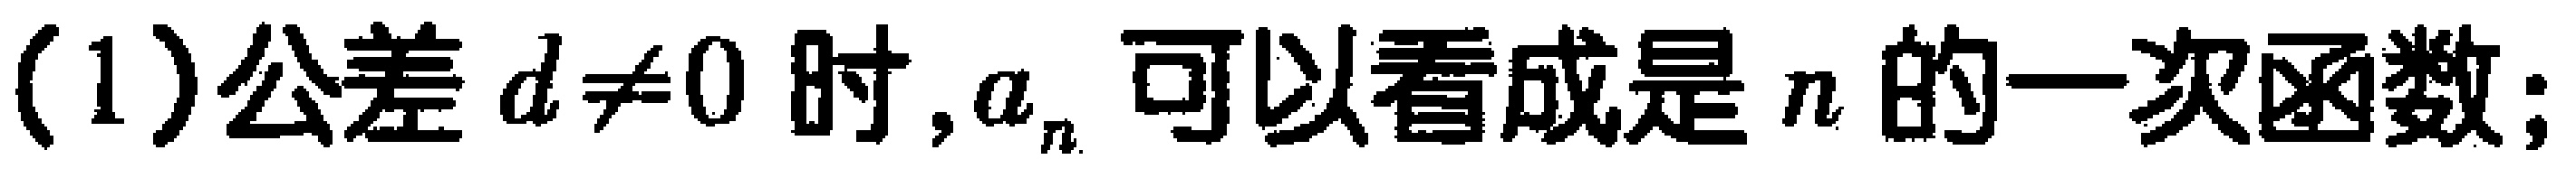
(1)公差 \(d\neq 0\) 时,\(a_{n}\) 可以看成是 \(n\) 的一次函数;